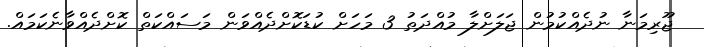
ޖޫރިމަނާ ނުދެއްކުމުން ޖަލަށްލާ މުއްދަތު 3 މަހަށް ކުޑަކޮށްދެއްވަން މަސައްކަތް ކޮށްދެއްވާނެކަމައް.